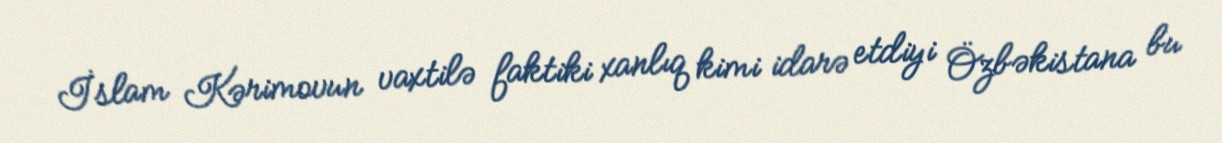
İslam Kərimovun vaxtilə faktiki xanlıq kimi idarə etdiyi Özbəkistana bu